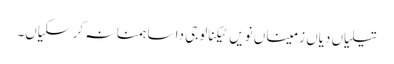
تیلیاں دیاں زمیناں نویں ٹیکنالوجی دا ساہمنا نہ کر سکیاں۔